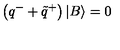
\left( q ^ { - } + \tilde { q } ^ { + } \right) \left| B \right\rangle = 0